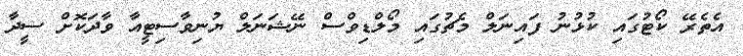
އެތެރޭ ކޯޓުގައި ކުޅުނު ފައިނަލް މެޗުގައި މޯލްޑިވްސް ނޭޝަނަލް ޔުނިވާސިޓީއާ ވާދަކޮށް ސީދާ